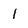
Character: 1